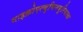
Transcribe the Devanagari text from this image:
माइक्रोएल्बुमिनयूरियाका